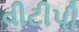
વીટીપી